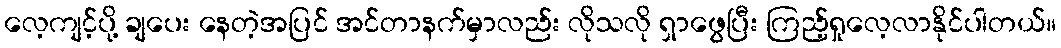
လေ့ကျင့်ပို့ ချပေး နေတဲ့အပြင် အင်တာနက်မှာလည်း လိုသလို ရှာဖွေပြီး ကြည့်ရှုလေ့လာနိုင်ပါတယ်။